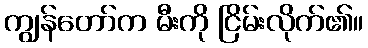
ကျွန်တော်က မီးကို ငြိမ်းလိုက်၏။